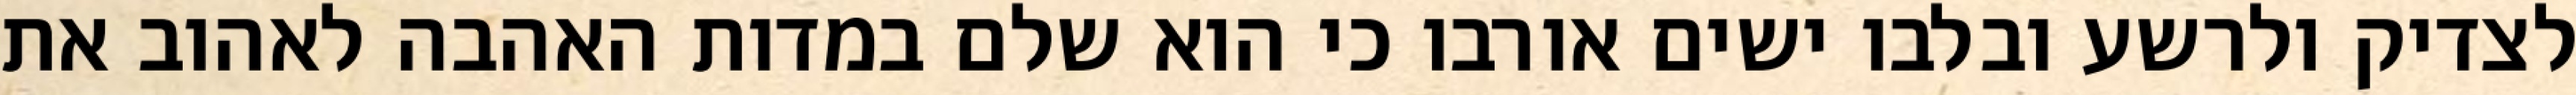
לצדיק ולרשע ובלבו ישים אורבו כי הוא שלם במדות האהבה לאהוב את